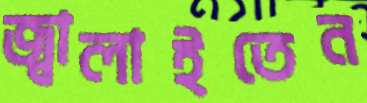
জ্বালাইতেন